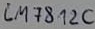
Text: LM812C